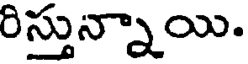
రిస్తున్నాయి.